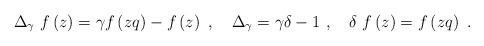
LaTeX: \begin{align*}\Delta _{\gamma }~f\left( z\right) =\gamma f\left( zq\right) -f\left(z\right) ~,~~~\Delta _{\gamma }=\gamma \delta -1~,~~~\delta ~f\left(z\right) =f\left( zq\right) ~. \end{align*}